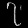
Digit: ၇